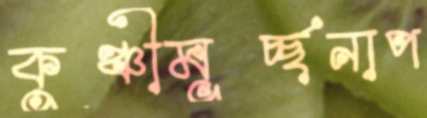
কুঞ্চীমূর্চ্ছনাপ